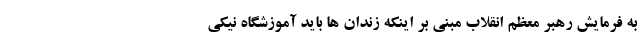
به فرمایش رهبر معظم انقلاب مبنی بر اینکه زندان ها باید آموزشگاه نیکی